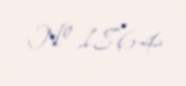
№ 1864